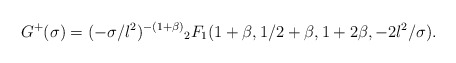
\begin{align*}G^+(\sigma)= (-\sigma/l^2)^{-(1+\beta)} {}_2 F_1(1+\beta,1/2+\beta,1+2\beta, -2l^2/\sigma).\end{align*}